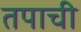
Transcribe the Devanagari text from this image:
तपाची